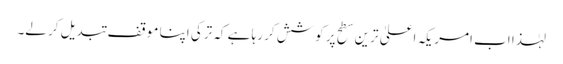
لہٰذا اب امریکہ اعلیٰ ترین سطح پر کوشش کر رہا ہے کہ ترکی اپنا موقف تبدیل کر لے۔